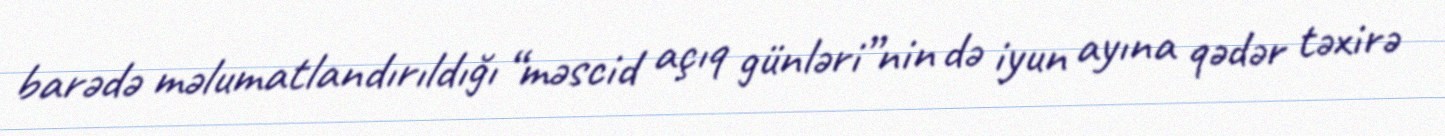
barədə məlumatlandırıldığı “məscid açıq günləri”nin də iyun ayına qədər təxirə